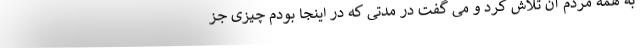
به همه مردم آن تلاش کرد و می گفت در مدتی که در اینجا بودم چیزی جز